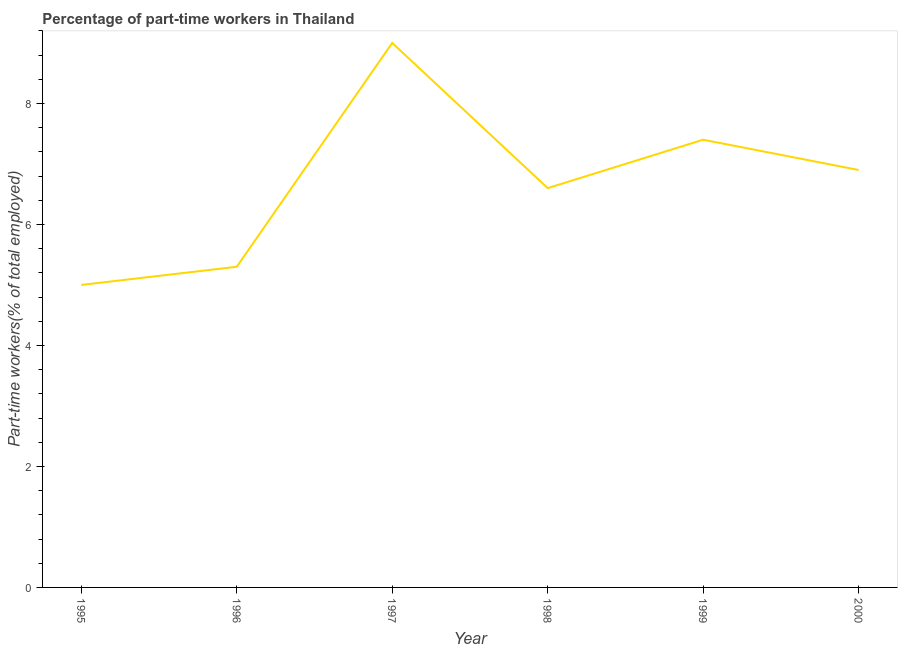
| Year | Part time employment |
 | --- | --- |
 | 1995 | 5 |
 | 1996 | 5.3 |
 | 1997 | 9 |
 | 1998 | 6.6 |
 | 1999 | 7.4 |
 | 2000 | 6.9 |